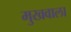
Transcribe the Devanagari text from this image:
मुखवाला